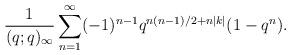
LaTeX: \begin{align*}\frac{1}{(q;q)_\infty} \sum_{n=1}^\infty (-1)^{n-1} q^{n(n-1)/2+n|k|}(1-q^n). \end{align*}